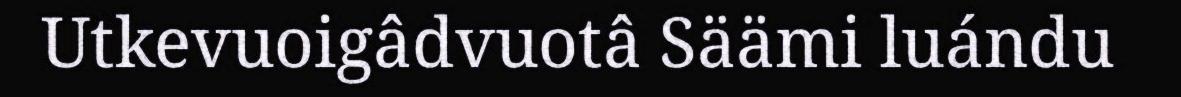
Utkevuoigâdvuotâ Säämi luándu